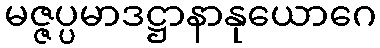
မဇ္ဇပ္ပမာဒဋ္ဌာနာနုယောဂေ